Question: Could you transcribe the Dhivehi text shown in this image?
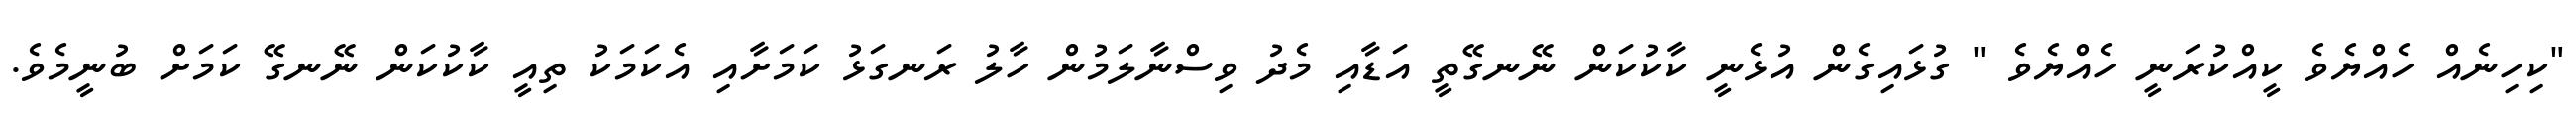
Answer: "ކިހިނެއް ހެއްޔެވެ ކީއްކުރަނީ ހެއްޔެވެ " ގުޅައިގެން އުޅެނީ ކާކުކަން ނޭނގޭތީ އަޑާއި މެދު ވިސްނާލަމުން ހާލު ރަނގަޅު ކަމަށާއި އެކަމަކު ތިއީ ކާކުކަން ނޭނގޭ ކަމަށް ބުނީމެވެ.